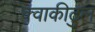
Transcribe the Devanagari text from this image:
क्वाकीटुल